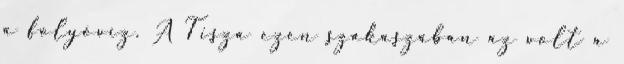
a folyóvíz. A Tisza ezen szakaszában az volt a